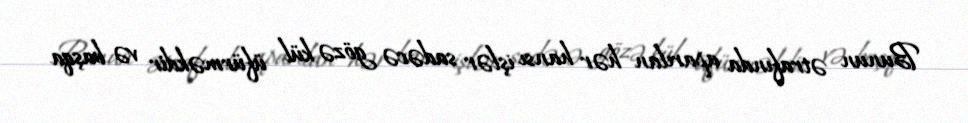
Bunun ətrafında aparılan hər hansı işlər sadəcə gözə kül üfürməkdir və başqa